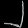
Digit: ၂